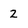
Character: 2